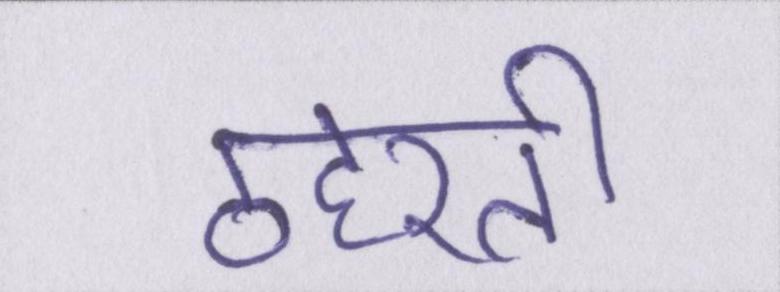
ठहरती